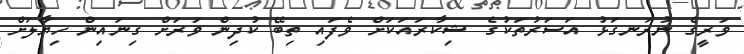
ވަރީގެ ނުރަނގަޅު އަސަރުތަކުގެ ޝިކާރައަކަށް ވެފައި ތިބޭ ކުދިން ވަރަށް ގިނައިން ހިޔާލަށް